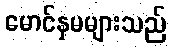
မောင်နှမများသည်